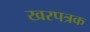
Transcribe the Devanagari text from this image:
खरपत्रक